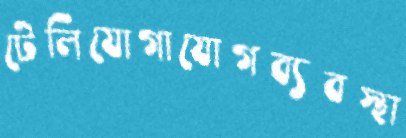
টেলিযোগাযোগব্যবস্থা